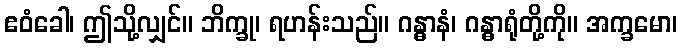
ဧဝံခေါ၊ ဤသို့လျှင်။ ဘိက္ခု၊ ရဟန်းသည်။ ဂန္ဓာနံ၊ ဂန္ဓာရုံတို့ကို။ အက္ခမော၊